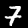
Label: 7